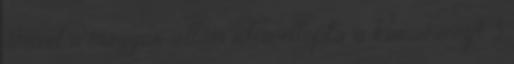
amivel a magyar állam idén ellopta a karácsonyt 3